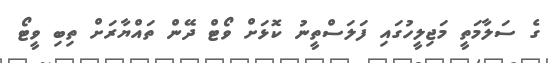
ގެ ސަލާމަތީ މަޖިލީހުގައި ފަލަސްތީނު ކޮޅަށް ވޯޓް ދޭން ތައްޔާރަށް ތިބި ވީޓޯ